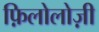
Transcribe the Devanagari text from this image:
फ़िलोलोज़ी